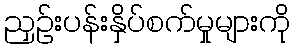
ညှဉ်းပန်းနှိပ်စက်မှုများကို